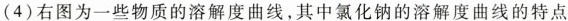
(4)右图为一些物质的溶解度曲线，其中氯化钠的溶解度曲线的特点